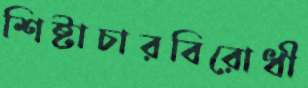
শিষ্টাচারবিরোধী